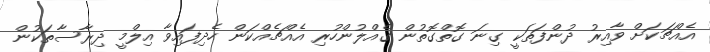
އެއްޗަކަށް ވާއިރު ދުންފަތަކީ ގިނަ ގޮތްގޮތުން ގެއްލުންހުރި އެއްޗެއްކަން ހެދިފައިވާ އިލްމީ ދިރާސާތަކުން